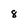
Character: 8